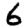
Digit: 6